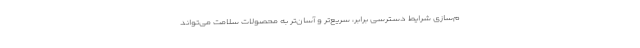
م‌سازی شرایط دسترسی برابر، سریع‌تر و آسان‌تر به محصولات سلامت می‌تواند